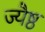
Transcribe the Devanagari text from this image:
ज्यैष्ठ